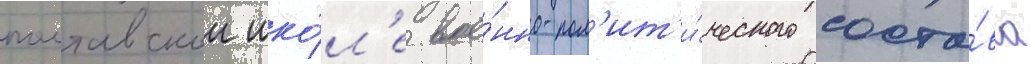
полтавскои шко́л'е вое́нно-пол'ит'и́ческого соста́ва